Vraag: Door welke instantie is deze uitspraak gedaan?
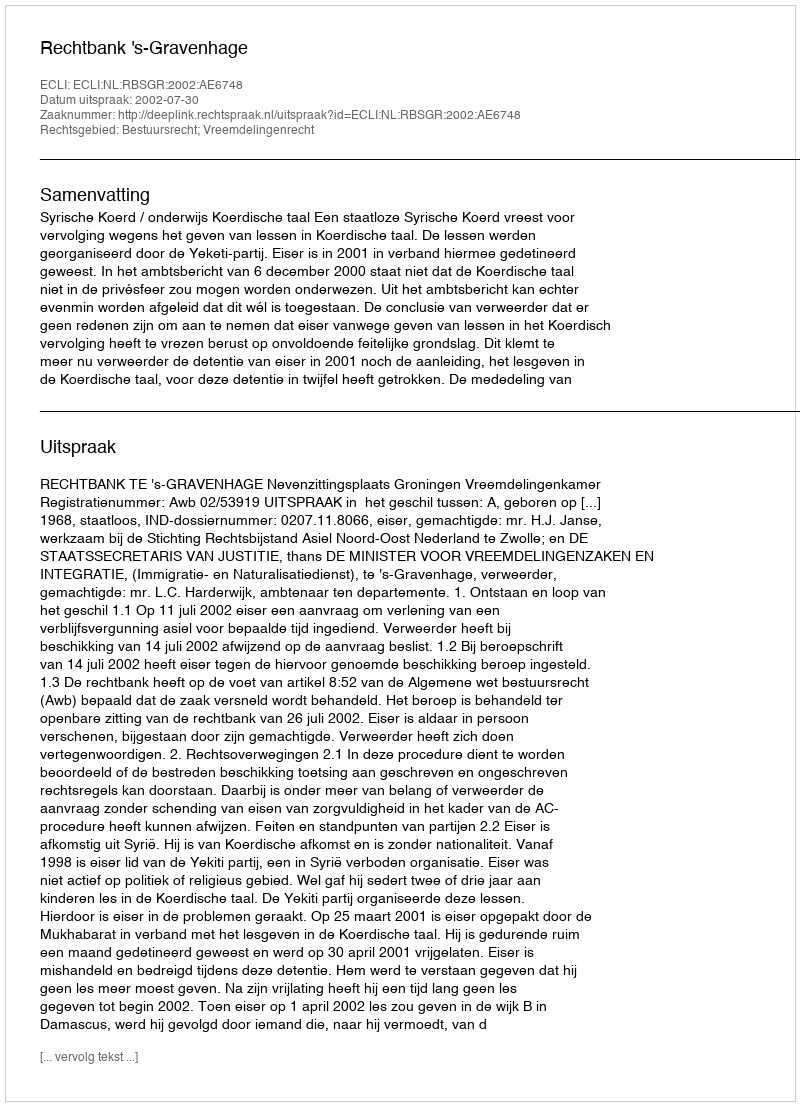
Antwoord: Rechtbank 's-Gravenhage